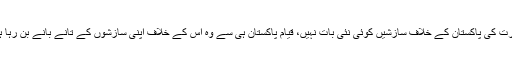
بھارت کی پاکستان کے خلاف سازشیں کوئی نئی بات نہیں، قیام پاکستان ہی سے وہ اس کے خلاف اپنی سازشوں کے تانے بانے بن رہا ہے۔